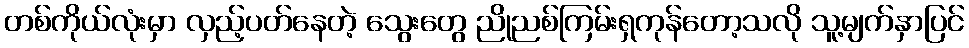
တစ်ကိုယ်လုံးမှာ လှည့်ပတ်နေတဲ့ သွေးတွေ ညိုညစ်ကြမ်းရှကုန်တော့သလို သူ့မျက်နှာပြင်